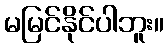
မမြင်နိုင်ပါဘူး။